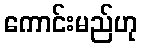
ကောင်းမည်ဟု